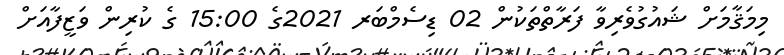
މިމަޤާމަށް ޝައުގުވެރިވާ ފަރާތްތަކުން 02 ޑިސެމްބަރ 2021ގެ 15:00 ގެ ކުރިން ވަޒީފާއަށް